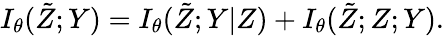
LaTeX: I_{\theta}(\tilde{Z};Y)=I_{\theta}(\tilde{Z};Y|Z)+I_{\theta}(\tilde{Z};Z;Y).